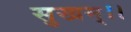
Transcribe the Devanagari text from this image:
सुखम्।।